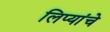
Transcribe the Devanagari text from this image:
लिप्यांचे